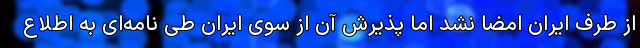
از طرف ایران امضا نشد اما پذیرش آن از سوی ایران طی نامه‌ای به اطلاع